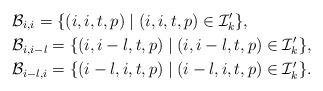
LaTeX: \begin{align*}&\mathcal{B}_{i,i}=\{(i,i,t,p)\mid(i,i,t,p)\in \mathcal{I}'_{k}\}, \\&\mathcal{B}_{i,i-l}=\{(i,i-l,t,p)\mid(i,i-l,t,p)\in \mathcal{I}'_{k}\},\\& \mathcal{B}_{i-l,i}=\{(i-l,i,t,p)\mid(i-l,i,t,p)\in \mathcal{I}'_{k}\}.\end{align*}